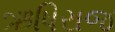
ઋષિરાજ